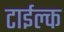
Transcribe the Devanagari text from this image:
टाईल्क